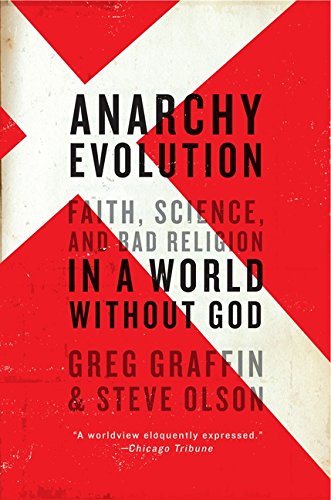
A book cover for Anarchy Evolution: Faith, Science, and Bad Religion in a World Without God; Greg Graffin; Science & Math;